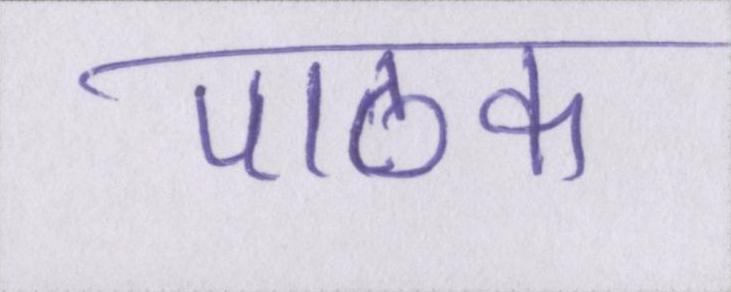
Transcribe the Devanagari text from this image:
पाठक